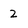
Character: 2